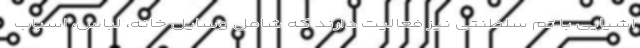
اشیایی با تم سلطنتی نیز فعالیت دارند که شامل وسایل خانه، لباس، اسباب